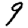
Digit: 9